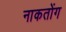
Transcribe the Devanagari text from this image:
नाकतोंग